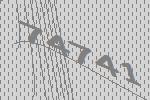
74741